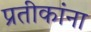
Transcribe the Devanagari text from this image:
प्रतीकांना